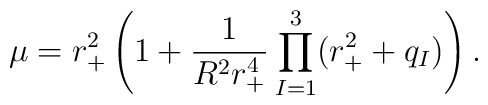
\mu = r_+^2 \left (1+\frac{1}{R^2 r_+^4} \prod _{I=1}^3 (r_+^2 + q_I) \right).